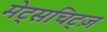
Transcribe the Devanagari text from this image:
मेट्सचिट्ज़